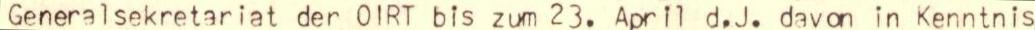
Generalsekretariat der 0IRT bis zum 23. April d.J. davon in Kenntnis